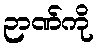
ဉာဏ်ကို